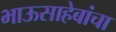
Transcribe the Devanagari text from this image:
भाऊसाहेबांचा